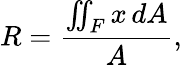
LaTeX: R={\frac{\iint_{F}x\, dA}{A}},